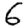
Digit: 6